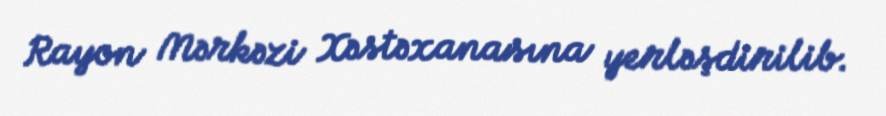
Rayon Mərkəzi Xəstəxanasına yerləşdirilib.